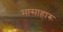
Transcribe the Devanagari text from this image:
मासाहारू